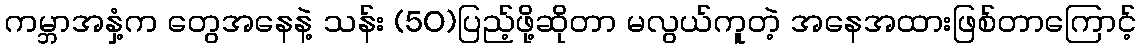
ကမ္ဘာအနှံ့က တွေအနေနဲ့ သန်း (50)ပြည့်ဖို့ဆိုတာ မလွယ်ကူတဲ့ အနေအထားဖြစ်တာကြောင့်